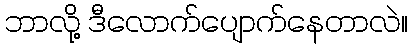
ဘာလို့ ဒီလောက်ပျောက်နေတာလဲ။